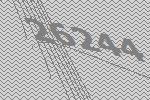
26244